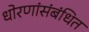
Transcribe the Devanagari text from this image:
धोरणांसंबंधित